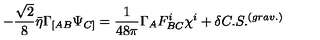
- { \frac { \sqrt 2 } { 8 } } \bar { \eta } \Gamma _ { [ A B } \Psi _ { C ] } = \frac { 1 } { 4 8 \pi } \Gamma _ { A } F _ { B C } ^ { i } \chi ^ { i } + \delta C . S . ^ { ( g r a v . ) }